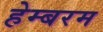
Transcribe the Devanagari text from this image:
हेम्बरम